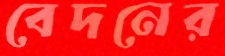
বেদনের